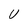
Character: U